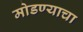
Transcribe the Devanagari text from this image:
मोडण्याचा